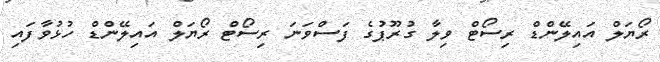
ރޯޔަލް އައިލޭންޑް ރިސޯޓް ވިލާ ގުރޫޕުގެ ފަސްވަނަ ރިސޯޓް ރޯޔަލް އައިލޭންޑް ހުޅުވާފައި